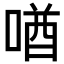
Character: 𪡧